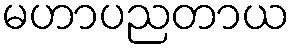
မဟာပညတာယ